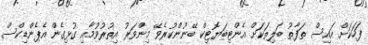
ފަހަކަށް އައިސް ތަފާތު ބަލިތަކަށް އެންޓިބަޔޮޓިކް ބޭނުންކުރެވޭ މިންވަރު އިތުރުވުމާއި ގުޅިގެން އެޕެންޑިކްސް